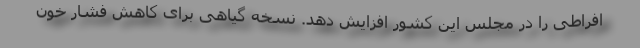
افراطی را در مجلس این کشور افزایش دهد. نسخه گیاهی برای کاهش فشار خون